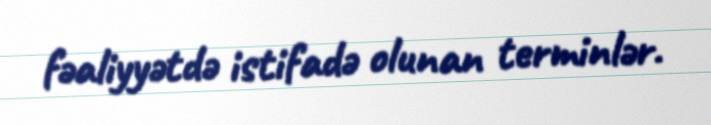
fəaliyyətdə istifadə olunan terminlər.